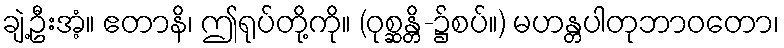
ချဲ့ဦးအံ့။ ဧတာနိ၊ ဤရုပ်တို့ကို။ (ဝုစ္ဆန္တိ-၌စပ်။) မဟန္တပါတုဘာဝတော၊